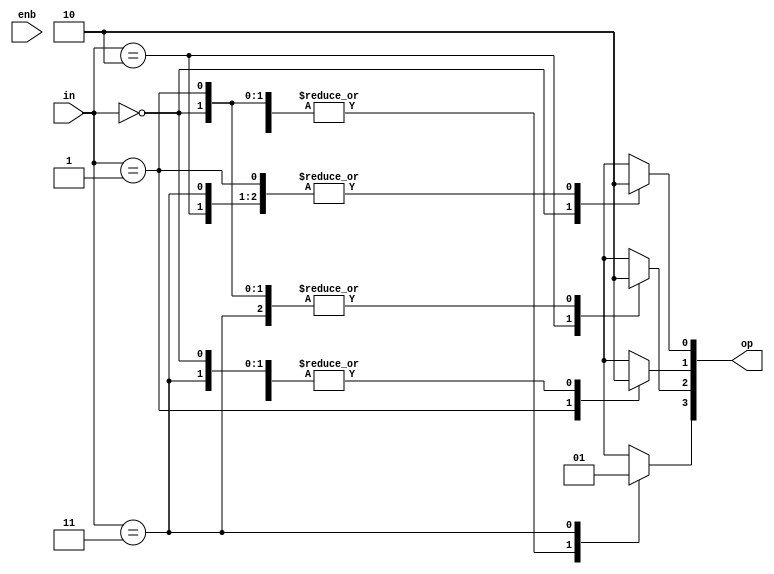
module decoder( enb, in, op );

input[1:0] in;
input enb;
output[3:0] op;

wire [1:0] in;
wire enb;
reg [3:0] op;

initial
begin
op=0;
op[in]=1;

end
endmodule